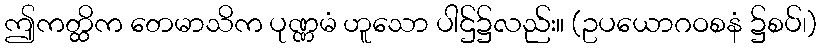
ဤကတ္ထိက တေမာသိက ပုဏ္ဏမံ ဟူသော ပါဌ်၌လည်း။ (ဥပယောဂဝစနံ ၌စပ်၊)